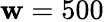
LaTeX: \mathbf{w}=500